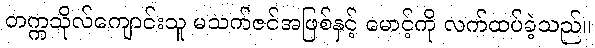
တက္ကသိုလ်ကျောင်းသူ မသက်ဇင်အဖြစ်နှင့် မောင့်ကို လက်ထပ်ခဲ့သည်။